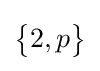
{\begin{Bmatrix}2,p\end{Bmatrix}}